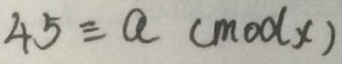
4 5 \equiv a ( m o d x )